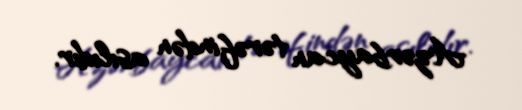
Azərbaycan tərəfindən asılıdır.